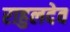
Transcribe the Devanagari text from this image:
राहुलदेव